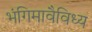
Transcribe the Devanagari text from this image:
भंगिमावैविध्य